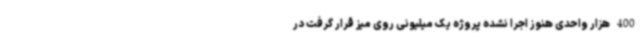
400 هزار واحدی هنوز اجرا نشده پروژه یک میلیونی روی میز قرار گرفت در